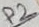
Text: P2